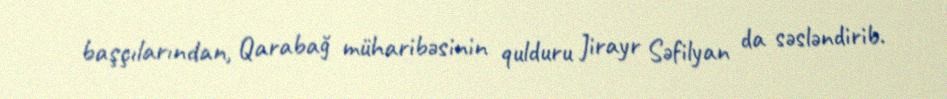
başçılarından, Qarabağ müharibəsinin qulduru Jirayr Səfilyan da səsləndirib.